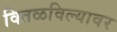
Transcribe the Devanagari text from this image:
वितळविल्यावर